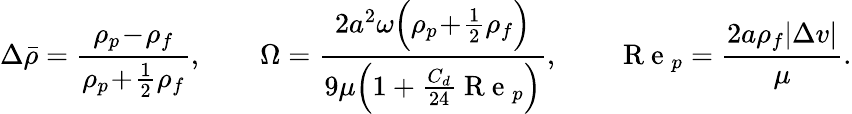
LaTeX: \Delta\bar{\rho}=\frac{\rho_{p}\! -\! \rho_{f}}{\rho_{p}\! +\! \frac{1}{2}\rho_{f}},\qquad\Omega=\frac{2a^{2}\omega\Bigl(\rho_{p}\! +\! \frac{1}{2}\rho_{f}\Bigr)}{9\mu\Bigl(1+\frac{C_{d}}{24}\mathrm{~R~e~}_{p}\Bigr)},\qquad\mathrm{~R~e~}_{p}=\frac{2a\rho_{f}|\Delta v|}{\mu}.